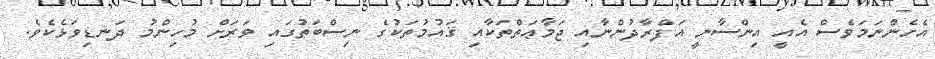
އެހެންނަމަވެސް އެއީ އިންސާނީ އަފްރާދުންނާއި ޖަމާޢަތްތަކާއި ޤައުމުތަކުގެ ނިސްބަތުގައި ވަރަށް މުހިންމު ދަނޑިވަޅެކެވެ.